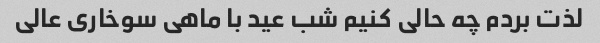
لذت بردم چه حالی کنیم شب عید با ماهی سوخاری عالی